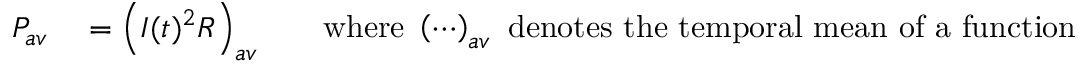
\begin{array} { r l r l } { P _ { a v } } & { { } = \left( I ( t ) ^ { 2 } R \right) _ { a v } } & { } & { { } { \mathrm { w h e r e ~ } } \left( \cdots \right) _ { a v } { \mathrm { ~ d e n o t e s ~ t h e ~ t e m p o r a l ~ m e a n ~ o f ~ a ~ f u n c t i o n } } } \end{array}